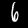
Digit: 6